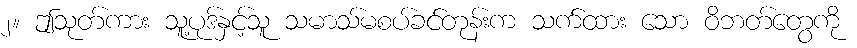
၂။ ဤသုတ်ကား သူ့ပုဒ်နှင့်သူ သမာသ်မစပ်ခင်တုန်းက သက်ထား သော ဝိဘတ်တွေကို